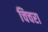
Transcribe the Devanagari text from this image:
चिचरा